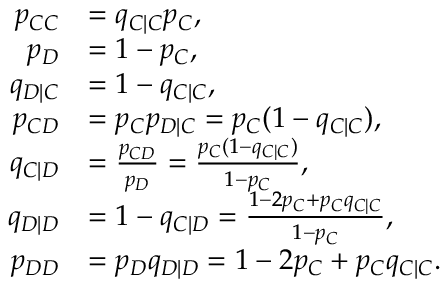
\begin{array} { r l } { p _ { C C } } & { = q _ { C | C } p _ { C } , } \\ { p _ { D } } & { = 1 - p _ { C } , } \\ { q _ { D | C } } & { = 1 - q _ { C | C } , } \\ { p _ { C D } } & { = p _ { C } p _ { D | C } = p _ { C } ( 1 - q _ { C | C } ) , } \\ { q _ { C | D } } & { = \frac { p _ { C D } } { p _ { D } } = \frac { p _ { C } ( 1 - q _ { C | C } ) } { 1 - p _ { C } } , } \\ { q _ { D | D } } & { = 1 - q _ { C | D } = \frac { 1 - 2 p _ { C } + p _ { C } q _ { C | C } } { 1 - p _ { C } } , } \\ { p _ { D D } } & { = p _ { D } q _ { D | D } = 1 - 2 p _ { C } + p _ { C } q _ { C | C } . } \end{array}